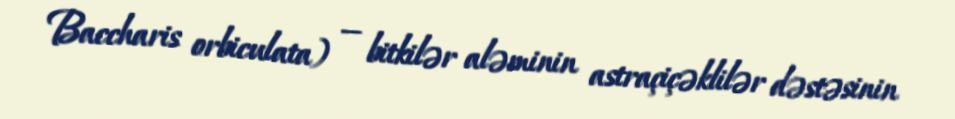
Baccharis orbiculata) — bitkilər aləminin astraçiçəklilər dəstəsinin